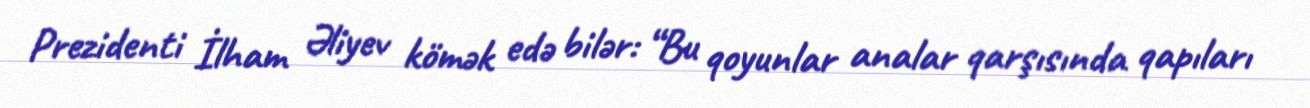
Prezidenti İlham Əliyev kömək edə bilər: “Bu qoyunlar analar qarşısında qapıları